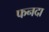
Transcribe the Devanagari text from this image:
फनदा